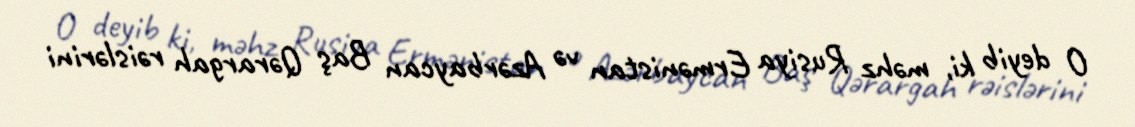
O deyib ki, məhz Rusiya Ermənistan və Azərbaycan Baş Qərargah rəislərini